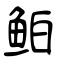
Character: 鲌